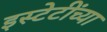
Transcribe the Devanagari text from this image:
इस्टेटींच्या